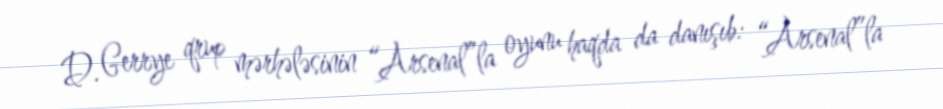
D. Gerrye qrup mərhələsinin “Arsenal”la oyunu haqda da danışıb: “Arsenal”la